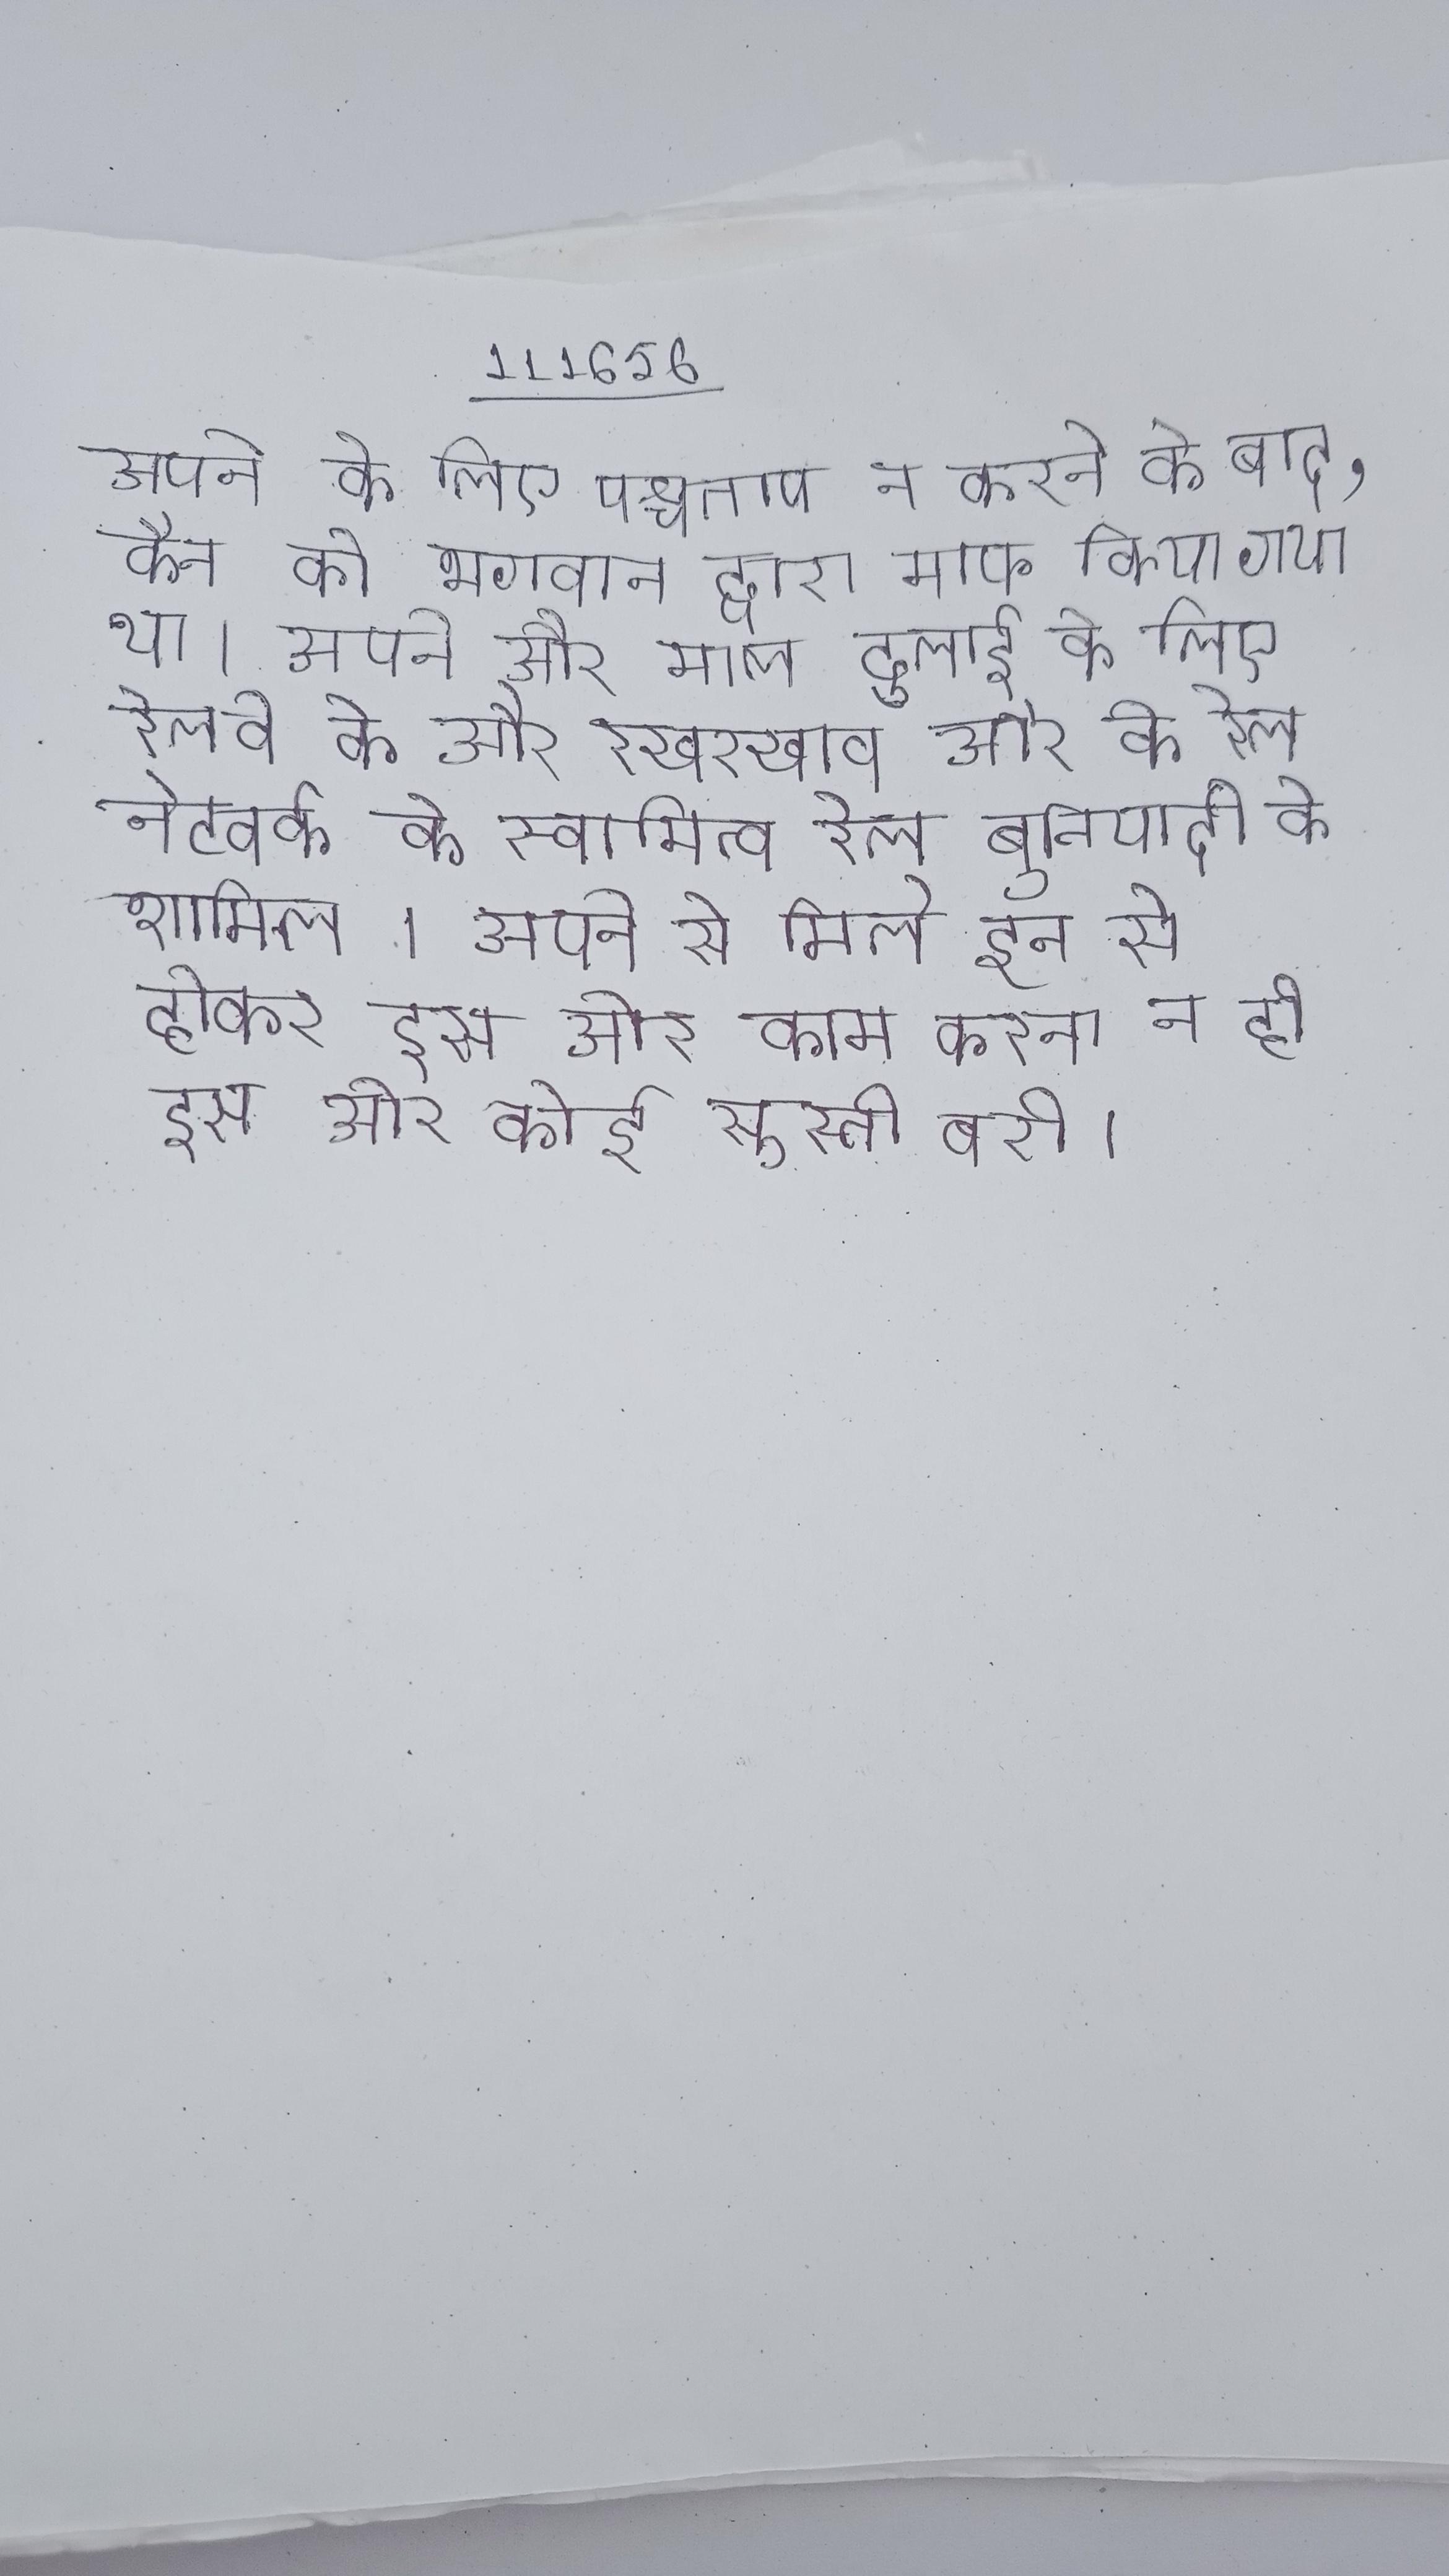
अपने के लिए पश्चाताप न करने के बाद, कैन को भगवान द्वारा माफ किया गया था । अपने और माल ढुलाई के लिए रेलवे के और रखरखाव और के रेल नेटवर्क के स्वामित्व रेल बुनियादी के शामिल । अपने से मिले इन से होकर इस ओर काम करना न ही इस ओर कोई सुस्ती बरी ।